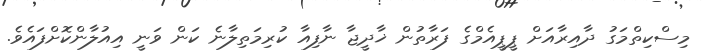
މިސްކިތްމަގު ދާއިރާއަށް ޕީޕީއެމްގެ ފަރާތުން ޚާދީޖާ ނާފިއާ ކުރިމަތިލާނެ ކަން ވަނީ އިއުލާންކޮށްފައެވެ.